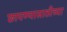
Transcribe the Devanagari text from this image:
छापण्यासाठीच्या